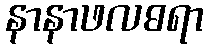
နာနာဖလဓရာ